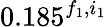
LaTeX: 0.185^{f_{1},i_{1}}